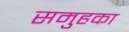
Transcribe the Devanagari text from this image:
समुहका